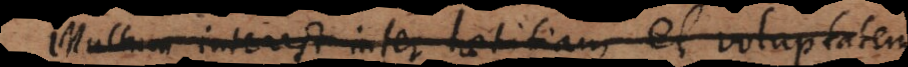
ultum interest inter laetitiam et voluptatem,